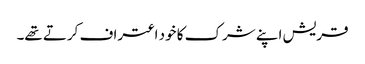
قریش اپنے شرک کا خود اعتراف کرتے تھے۔